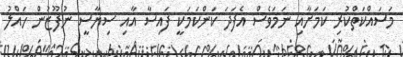
މަސައްކަތްކުރި ކަމަށާއި ނަމަވެސް އެފަދަ ކަންކަމަކީ ފައިސާ އާއި ސިޔާސީ ނުފޫޒުން ހައްލު